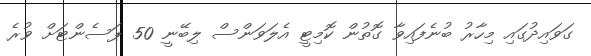
ގަވައިދުގައި މިހާރު ބުނެފައިވާ ގޮތުން ކޮމިޓީ އެލަވަންސް ލިބޭނީ 50 ޕަސެންޓަށް ވުރެ